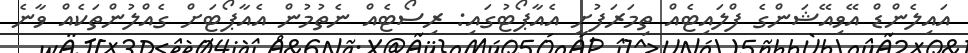
އައިލެންޑް އޭވިއޭޝަންގެ ފްލައިޓެއް ތިމަރަފުށީ އެއާޕޯޓުގައި: ރިސޯޓެއް ނެތުމުން އެއާޕޯޓަށް ގެއްލުންތަކެއް ވާނެ